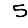
Digit: 5